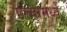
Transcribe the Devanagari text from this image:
पत्त्यामध्ये